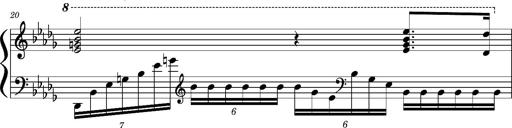
Title: Concerto sans orchestre, S.524a
Composer: Franz Liszt
Key: A major